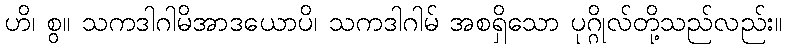
ဟိ၊ စွ။ သကဒါဂါမိအာဒယောပိ၊ သကဒါဂါမ် အစရှိသော ပုဂ္ဂိုလ်တို့သည်လည်း။